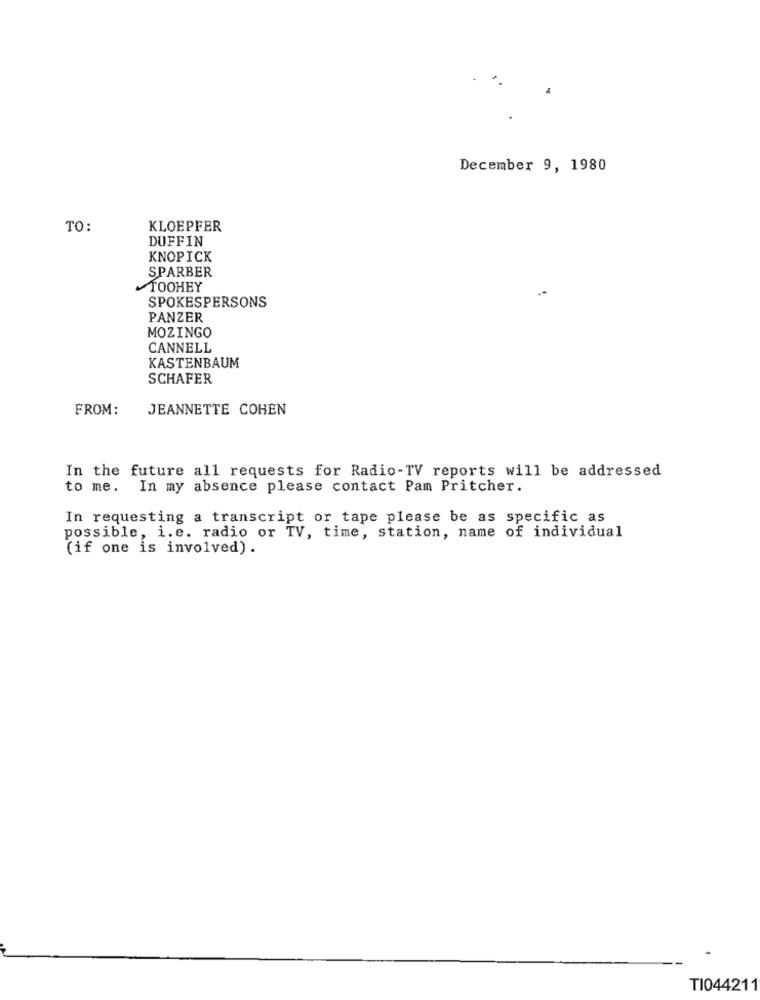
December 9, 1980
TO:
KLOEPFER
DUFFIN
KNOPICK
SPARBER
TOOHEY
SPOKESPERSONS
PANZER
MOZINGO
CANNELL
KASTENBAUM
SCHAFER
FROM:
JEANNETTE COHEN
In the future all requests for Radio-TV reports will be addressed
to me. In my absence please contact Pam Pritcher.
In requesting a transcript or tape please be as specific as
possible, i.e. radio or TV, time, station, name of individual
(if one is involved) .
TI044211